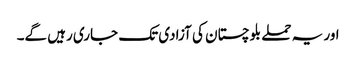
اور یہ حملے بلوچستان کی آزادی تک جاری رہیں گے۔